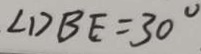
\angle D B E = 3 0 ^ { \circ }